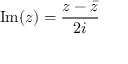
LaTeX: \mathrm { I m } ( z ) = { \frac { z - { \bar { z } } } { 2 i } }